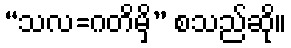
“သလ=ဂတိမှိ” စသည်ဆို။